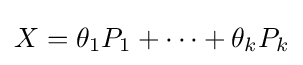
X=\theta _{1}P_{1}+\cdots +\theta _{k}P_{k}